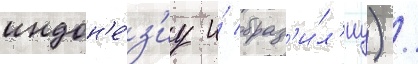
индон'е́з'иу и́ браз'и́л'иу) /